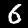
Digit: 6